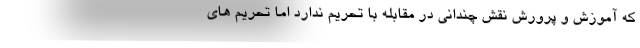
که آموزش و پرورش نقش چندانی در مقابله با تحریم ندارد اما تحریم های